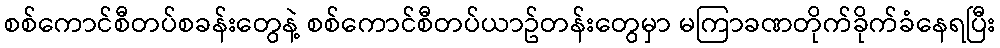
စစ်ကောင်စီတပ်စခန်းတွေနဲ့ စစ်ကောင်စီတပ်ယာဥ်တန်းတွေမှာ မကြာခဏတိုက်ခိုက်ခံနေရပြီး